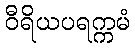
ဝီရိယပရက္ကမံ